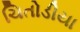
ચિતોડીયા